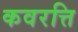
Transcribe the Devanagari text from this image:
कवरत्ति